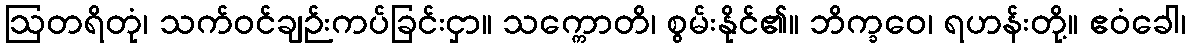
ဩတရိတုံ၊ သက်ဝင်ချဉ်းကပ်ခြင်းငှာ။ သက္ကောတိ၊ စွမ်းနိုင်၏။ ဘိက္ခဝေ၊ ရဟန်းတို့။ ဧဝံခေါ၊